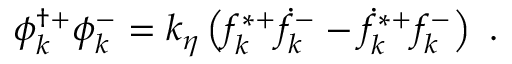
\phi _ { k } ^ { \dag + } \phi _ { k } ^ { - } = k _ { \eta } \left( f _ { k } ^ { \ast + } \dot { f } _ { k } ^ { - } - \dot { f } _ { k } ^ { \ast + } { f } _ { k } ^ { - } \right) ~ .